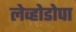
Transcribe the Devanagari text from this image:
लेव्होडोपा